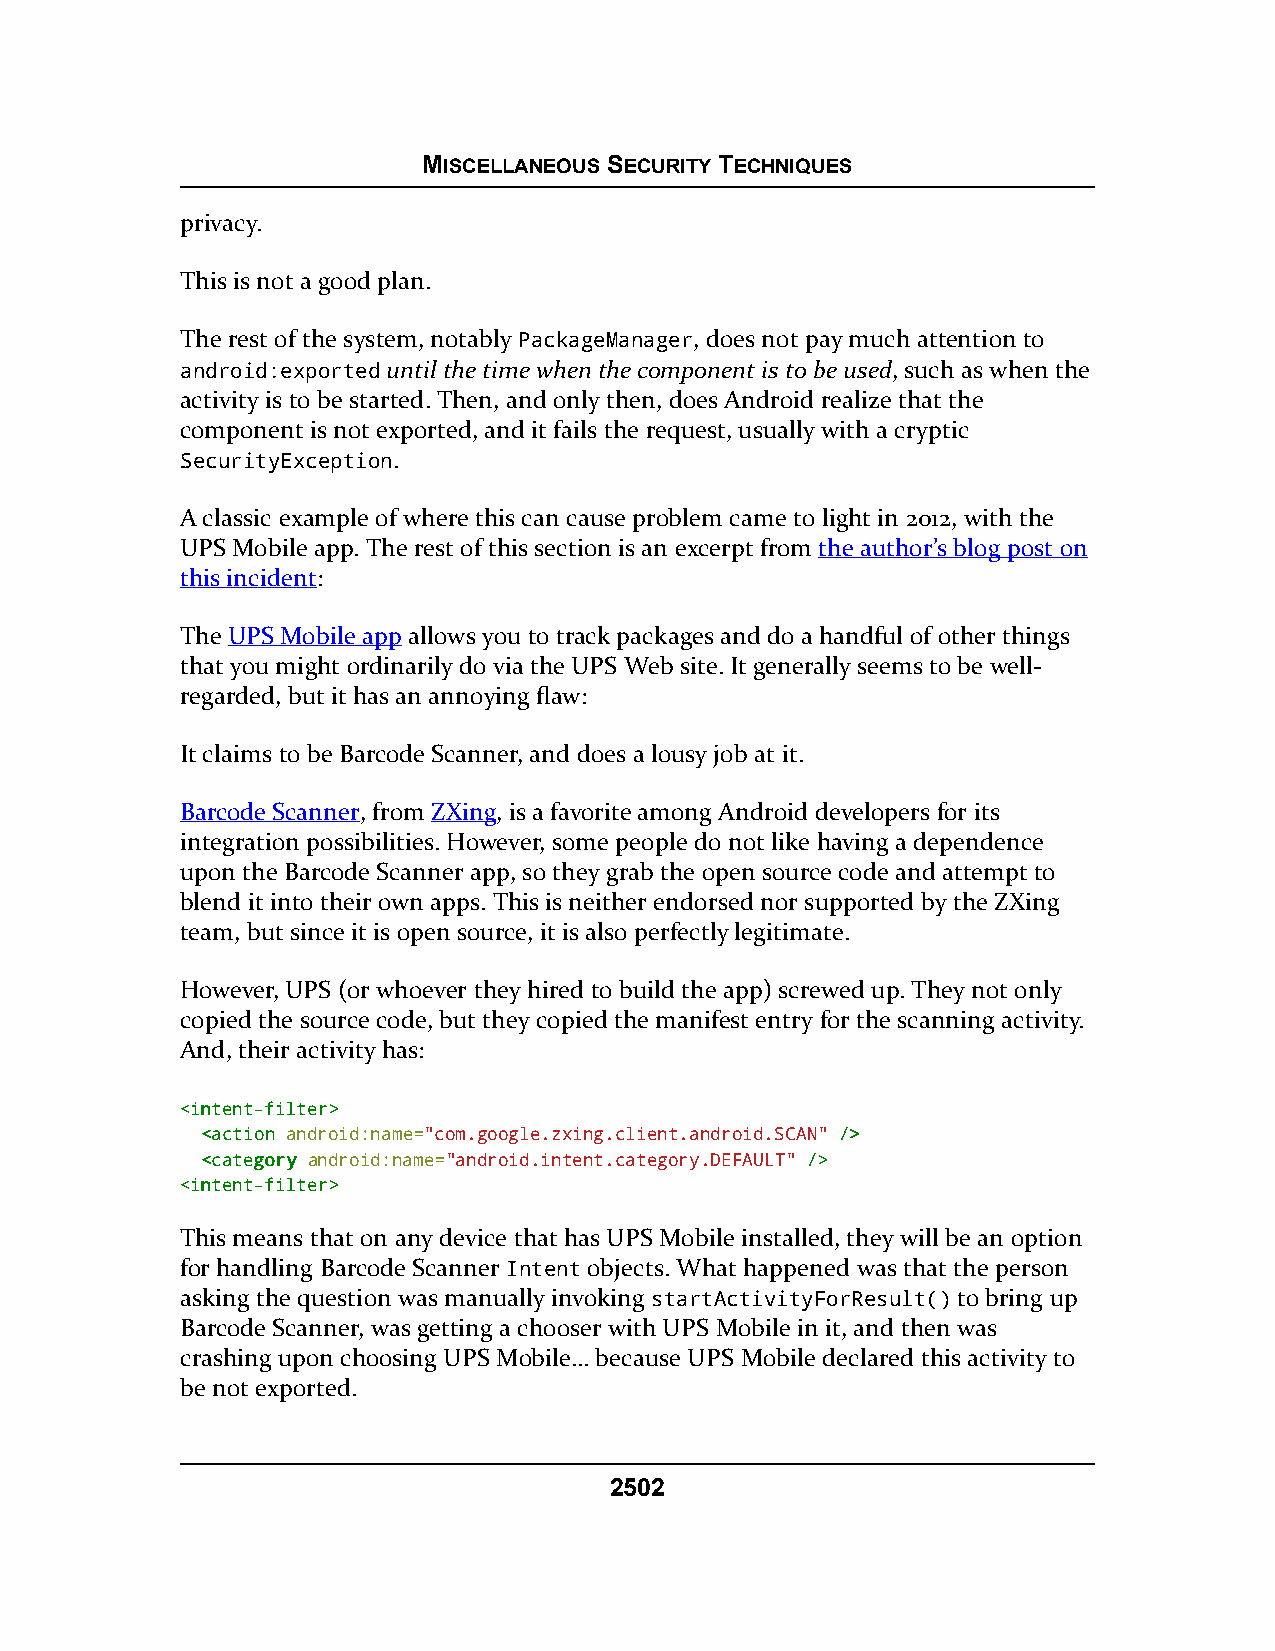
MISCELLANEOUS SECURITY TECHNIQUES
 privacy.
 This is not a good plan.
 The rest of the system, notably PackageManager, does not pay much attention to
 android:exported until the time when the component is to be used, such as when the
 activity is to be started. Then, and only then, does Android realize that the
 component is not exported, and it fails the request, usually with a cryptic
 SecurityException.
 A classic example of where this can cause problem came to light in 2012, with the
 UPS Mobile app. The rest of this section is an excerpt from the author’s blog post on
 this incident:
 The UPS Mobile app allows you to track packages and do a handful of other things
 that you might ordinarily do via the UPS Web site. It generally seems to be well-
 regarded, but it has an annoying flaw:
 It claims to be Barcode Scanner, and does a lousy job at it.
 Barcode Scanner, from ZXing, is a favorite among Android developers for its
 integration possibilities. However, some people do not like having a dependence
 upon the Barcode Scanner app, so they grab the open source code and attempt to
 blend it into their own apps. This is neither endorsed nor supported by the ZXing
 team, but since it is open source, it is also perfectly legitimate.
 However, UPS (or whoever they hired to build the app) screwed up. They not only
 copied the source code, but they copied the manifest entry for the scanning activity.
 And, their activity has:
 <<iinntteenntt--ffiilltteerr>>
 <<aaccttiioonn android:name="com.google.zxing.client.android.SCAN" //>>
 <<ccaatteeggoorryy android:name="android.intent.category.DEFAULT" //>>
 <<iinntteenntt--ffiilltteerr>>
 This means that on any device that has UPS Mobile installed, they will be an option
 for handling Barcode Scanner Intent objects. What happened was that the person
 asking the question was manually invoking startActivityForResult() to bring up
 Barcode Scanner, was getting a chooser with UPS Mobile in it, and then was
 crashing upon choosing UPS Mobile… because UPS Mobile declared this activity to
 be not exported.
 2502